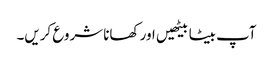
آپ بیٹا بیٹھیں اور کھانا شروع کریں۔